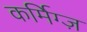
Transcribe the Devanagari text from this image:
कर्मिग्ज़